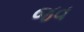
જવ